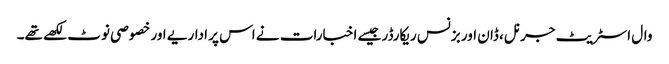
وال اسٹریٹ جرنل، ڈان اور بزنس ریکارڈر جیسے اخبارات نے اس پر اداریے اور خصوصی نوٹ لکھے تھے۔